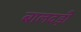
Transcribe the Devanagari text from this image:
बालदड़ी